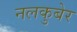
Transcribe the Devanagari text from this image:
नलकुबेर